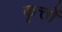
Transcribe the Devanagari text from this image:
कृत्तों